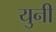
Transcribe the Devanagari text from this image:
युनी